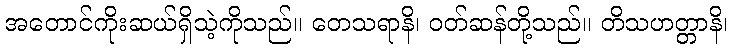
အတောင်ကိုးဆယ်ရှိသဲ့ကိုသည်။ တေသရာနိ၊ ဝတ်ဆန်တို့သည်။ တိသဟတ္တာနိ၊